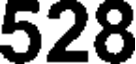
528